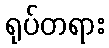
ရုပ်တရား